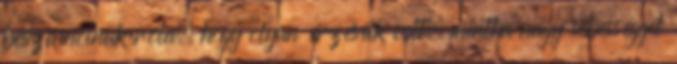
beszámolnak róla, hogy olyan érzésük volt, mintha nagy sebességgel